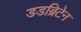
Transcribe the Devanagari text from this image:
डडब्रिटेन